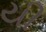
યી